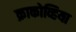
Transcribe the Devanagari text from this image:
क्राकोव्हिया